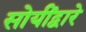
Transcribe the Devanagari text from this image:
सोयींद्वारे